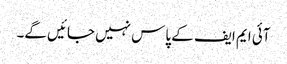
آئی ایم ایف کے پاس نہیں جائیں گے۔